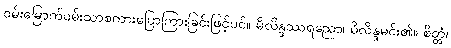
ဝမ်းမြောက်ဝမ်းသာစကားပြောကြားခြင်းဖြင့်ပင်။ မိလိန္ဒဿရညော၊ မိလိန္ဒမင်း၏။ စိတ္တံ၊